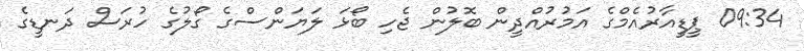
09:34 ޕީޑީއާރުއެމްގެ އަމުރުއްދީން ބޮލުން ޖެހި ބޯޅަ ލަޔަންސްގެ ގޯލުގެ ހުރަސް ދަނޑީގެ